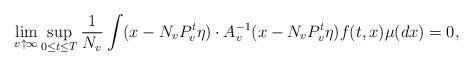
LaTeX: \begin{align*}\lim_{v \uparrow \infty} \sup_{0\leq t \leq T} \frac{1}{N_v} \int ( x- N_v P_v ^{t} \eta) \cdot A_v^{-1}( x- N_v P_v ^{t} \eta) f(t,x)\mu(dx) = 0,\end{align*}